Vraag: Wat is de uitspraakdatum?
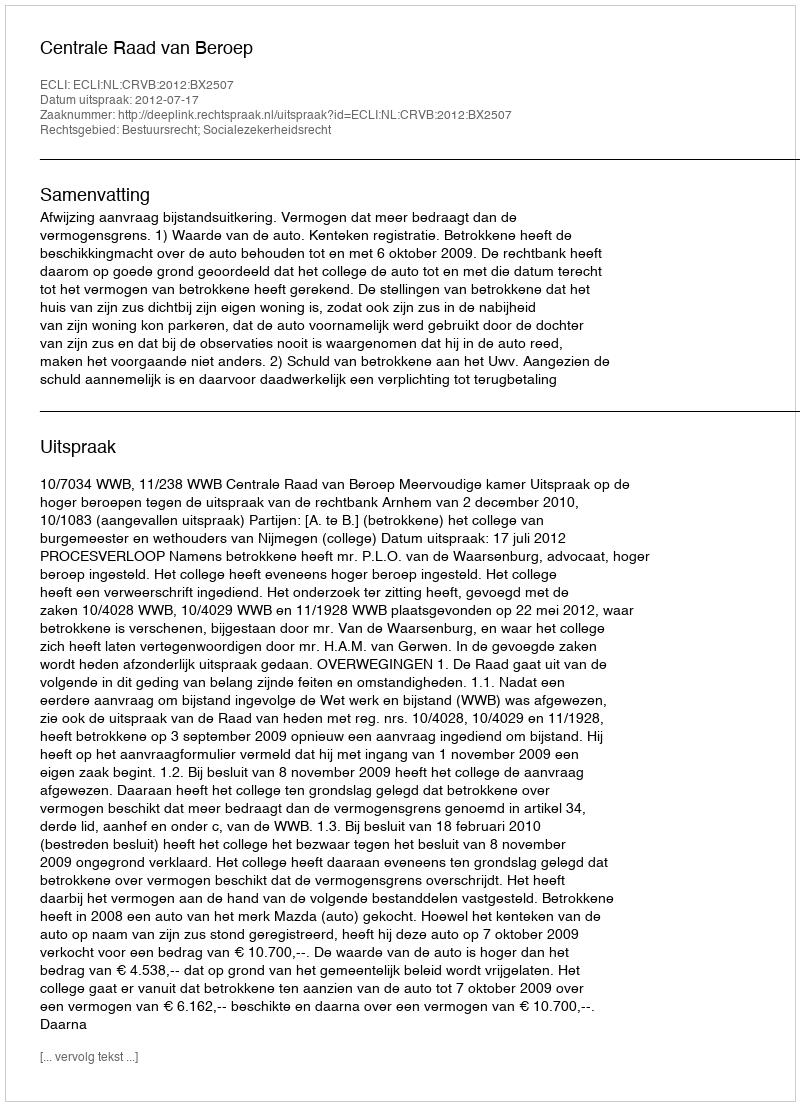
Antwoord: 2012-07-17